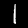
Digit: 1